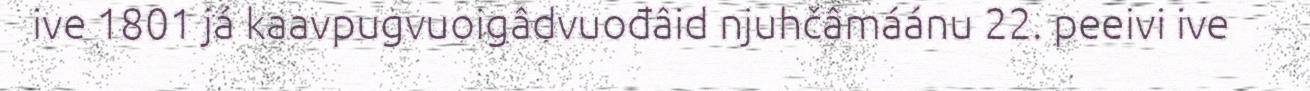
ive 1801 já kaavpugvuoigâdvuođâid njuhčâmáánu 22. peeivi ive